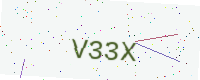
Text: V33X